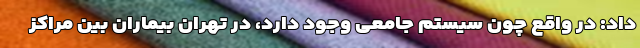
داد: در واقع چون سیستم جامعی وجود دارد، در تهران بیماران بین مراکز